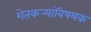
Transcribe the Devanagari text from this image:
शेतकर्‍यांविषयक